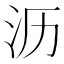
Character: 沥